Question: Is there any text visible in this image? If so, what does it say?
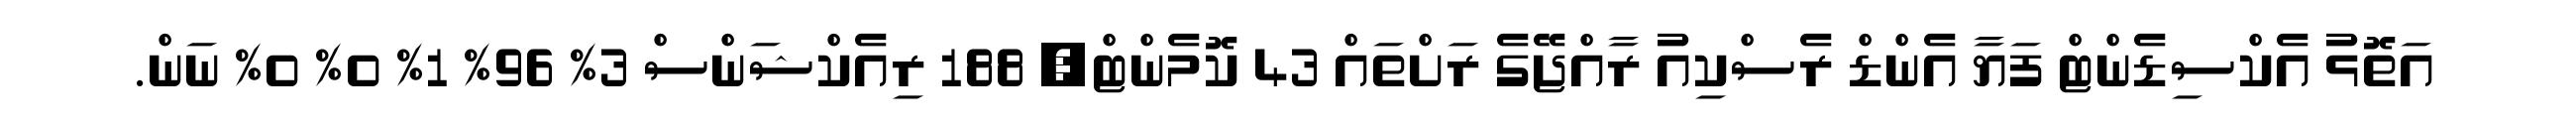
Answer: އަތޮޅު އެކްސިޑެންޓް ފަޔާ އެންޑް ރެސްކިއު ރާއްޖޭގެ ރަށްތައް 43 ކޮމެންޓް, 188 ރިއެކްޝަންސް 3% 96% 1% 0% 0% ނަން.